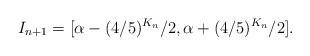
LaTeX: \begin{align*}I_{n+1} = [\alpha - (4/5)^{K_n}/2, \alpha + (4/5)^{K_n}/2].\end{align*}